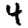
Digit: 4